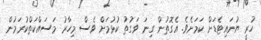
ހުރީ ޔުނައިޓެޑަށް ކަމަށެވެ. އެގޮތުން ގިނަ ވަގުތު ކުޅުމަށް ވެސް މިހާރު މަސައްކަތްކުރަމުން